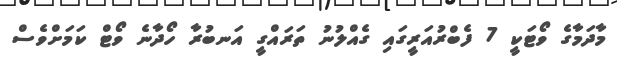
މާދަމާގެ ވޯޓަކީ 7 ފެބްރުއަރީގައި ގެއްލުނު ތަރައްގީ އަނބުރާ ހޯދާނެ ވޯޓް ކަމަށްވެސް